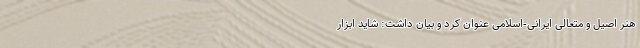
هنر اصیل و متعالی ایرانی-اسلامی عنوان کرد و بیان داشت: شاید ابزار